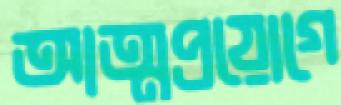
আত্মপ্রয়োগে